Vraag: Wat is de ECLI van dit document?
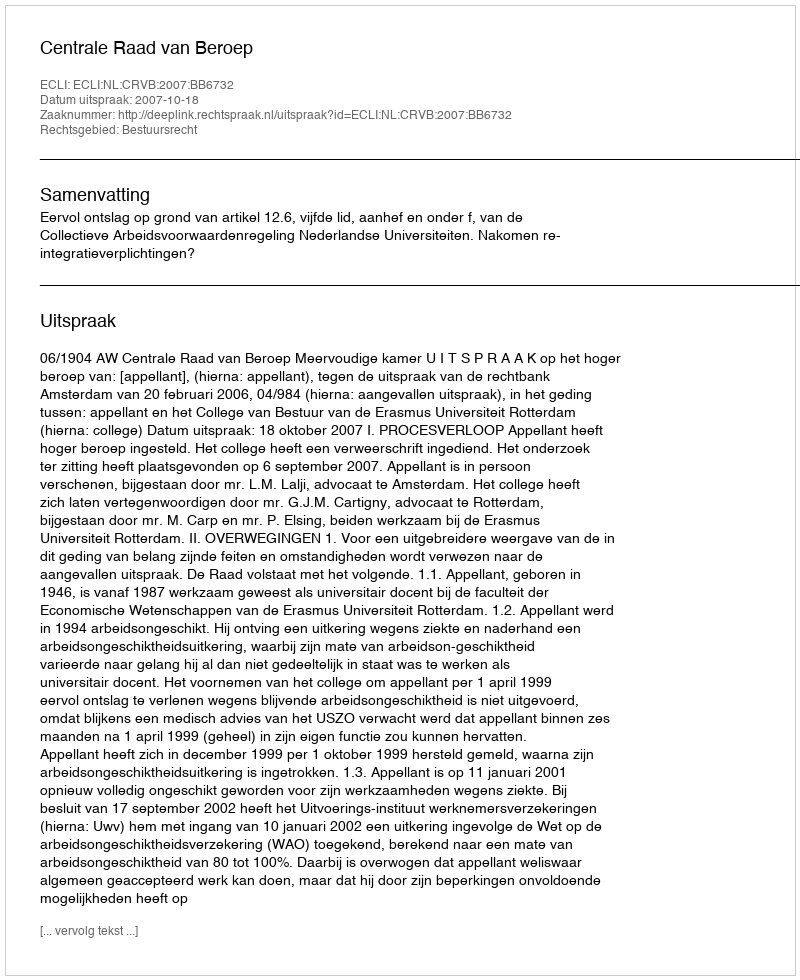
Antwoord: ECLI:NL:CRVB:2007:BB6732